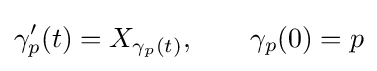
\gamma _{p}'(t)=X_{\gamma _{p}(t)},\qquad \gamma _{p}(0)=p